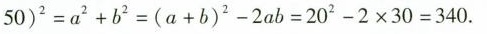
5 0 ) ^ { 2 } = a ^ { 2 } + b ^ { 2 } = ( a + b ) ^ { 2 } - 2 a b = 2 0 2 - 2 \times 3 0 = 3 4 0$$.